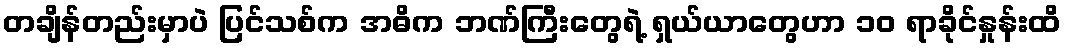
တချိန်တည်းမှာပဲ ပြင်သစ်က အဓိက ဘဏ်ကြီးတွေရဲ့ ရှယ်ယာတွေဟာ ၁၀ ရာခိုင်နှုန်းထိ